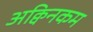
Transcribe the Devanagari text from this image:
अक्विनकम